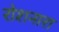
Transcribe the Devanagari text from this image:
रोशनारा